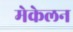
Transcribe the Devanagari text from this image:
मेकेलन